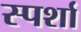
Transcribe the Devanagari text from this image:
स्पर्शा